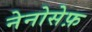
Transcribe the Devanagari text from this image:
नेनोसेफ़